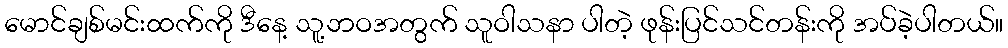
မောင်ချစ်မင်းထက်ကို ဒီနေ့ သူ့ဘဝအတွက် သူဝါသနာ ပါတဲ့ ဖုန်းပြင်သင်တန်းကို အပ်ခဲ့ပါတယ်။